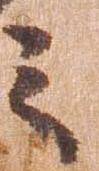
之